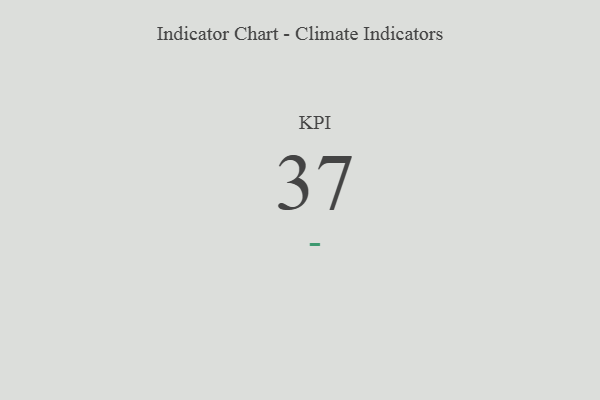
{"axis": {"x": "KPI", "y": "Value"}, "legend": [""], "data": [{"x": "KPI", "y": 37, "type": ""}]}